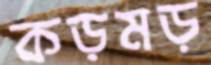
কড়মড়